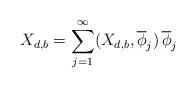
LaTeX: \begin{align*} X_{d,b}=\sum_{j=1}^{\infty} (X_{d,b}, \overline\phi_j) \, \overline\phi_j \end{align*}